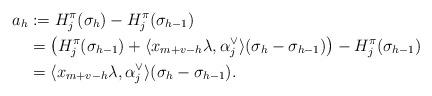
LaTeX: \begin{align*}a_{{h}}& :=H_j^\pi(\sigma_{{h}})-H_j^\pi(\sigma_{{h}-1}) \\& = \left( H_j^\pi(\sigma_{{h-1}}) +\langle x_{m+v-h}\lambda, \alpha_j^\vee \rangle(\sigma_{{h}} -\sigma_{{h-1}}) \right)-H_j^\pi(\sigma_{{h-1}}) \\& = \langle x_{m+v-h}\lambda, \alpha_j^\vee \rangle(\sigma_{{h}} - \sigma_{{h-1}}).\end{align*}